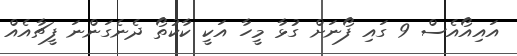
އައިއޯއެސް 9 ގައި ފޯނަށް ގުޅާ މީހާ އަކީ ކާކުތޯ ދެނެގަންނަ ފީޗާއެއް